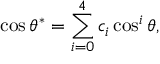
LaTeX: \cos \theta ^ { * } = \sum _ { i = 0 } ^ { 4 } c _ { i } \cos ^ { i } \theta ,